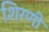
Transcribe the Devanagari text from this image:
शिरणी